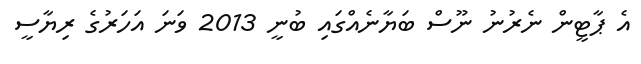
އެ ޕާޓީން ނެރުނު ނޫސް ބަޔާނެއްގައި ބުނީ 2013 ވަނަ އަހަރުގެ ރިޔާސީ